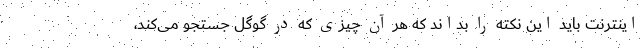
اینترنت باید این نکته را بداند که هر آن چیزی که در گوگل جستجو می‌کند،